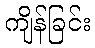
ကျိန်ခြင်း